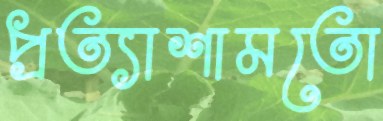
প্রত্যাশামতো